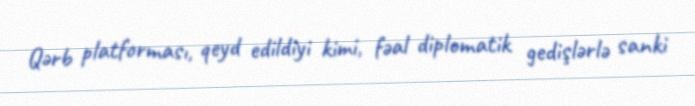
Qərb platforması, qeyd edildiyi kimi, fəal diplomatik gedişlərlə sanki